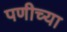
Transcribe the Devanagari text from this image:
पणीच्या